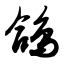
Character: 鸽